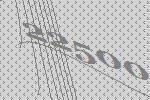
22500